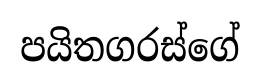
පයිතගරස්ගේ